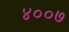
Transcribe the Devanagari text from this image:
४००७